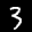
Label: 3